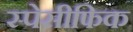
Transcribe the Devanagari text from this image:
स्पेसीफिक